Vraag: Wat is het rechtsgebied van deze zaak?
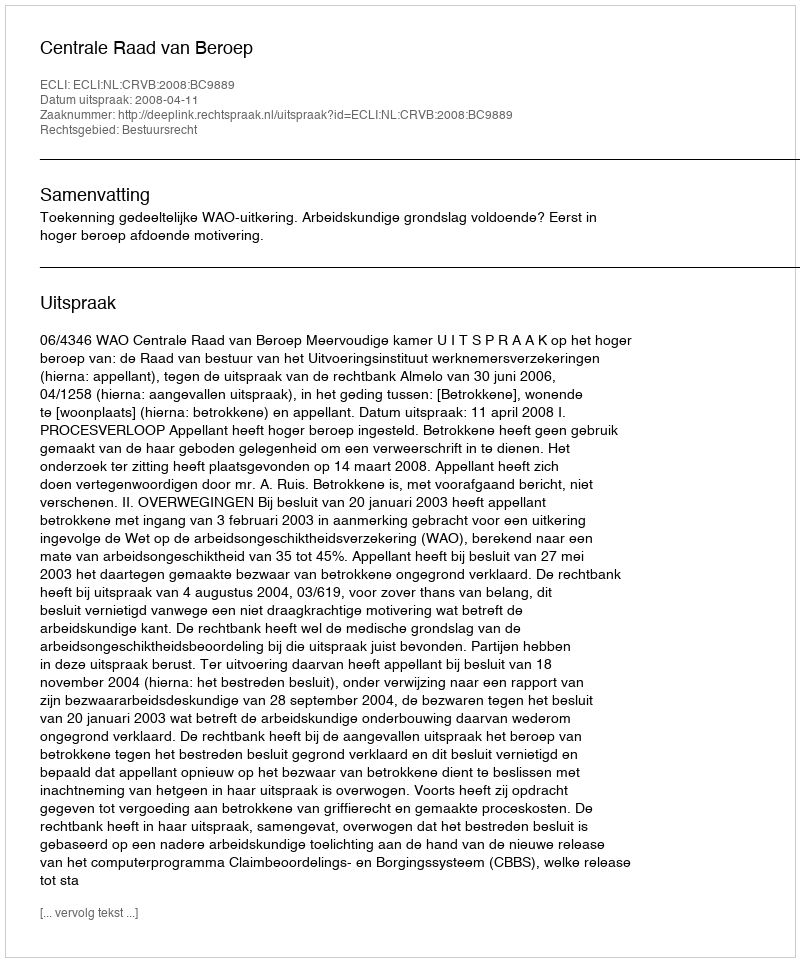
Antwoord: Bestuursrecht